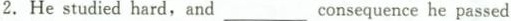
2.He studied hard,and____ consequence he passed